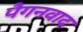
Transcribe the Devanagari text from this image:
पैगनवाद